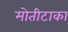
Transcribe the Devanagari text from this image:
मोतीटाका